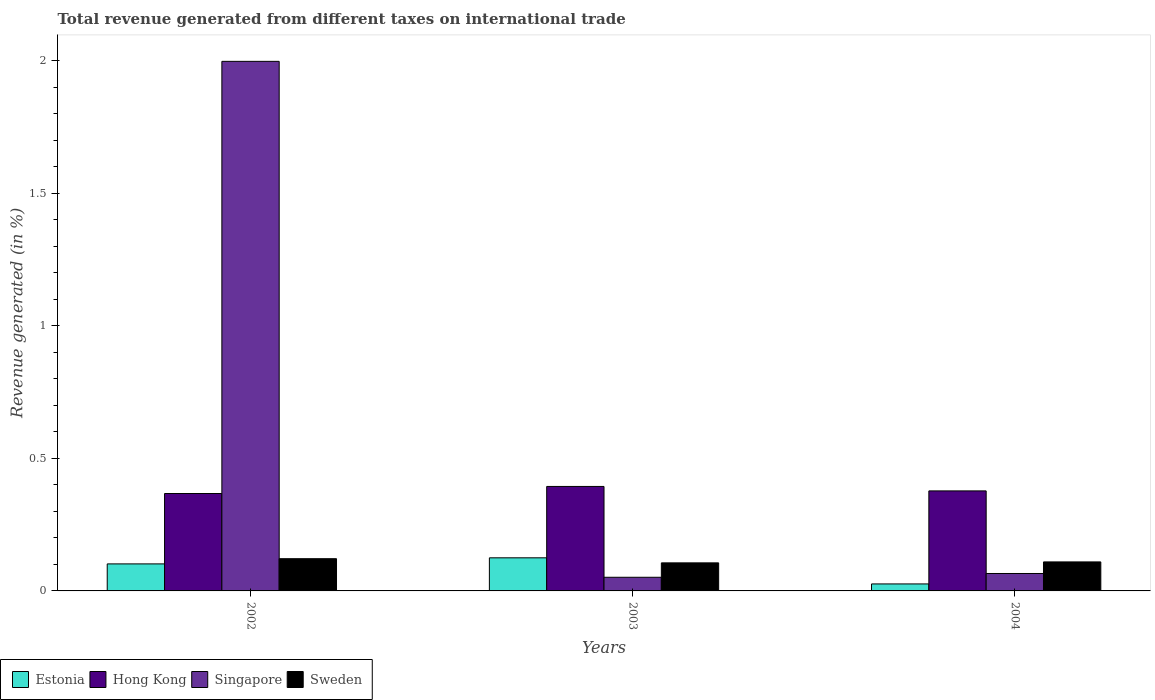
| Years | Estonia | Hong Kong | Singapore | Sweden |
 | --- | --- | --- | --- | --- |
 | 2002 | 0.102 | 0.367 | 2 | 0.122 |
 | 2003 | 0.125 | 0.394 | 0.0514 | 0.106 |
 | 2004 | 0.0263 | 0.377 | 0.0657 | 0.109 |